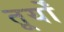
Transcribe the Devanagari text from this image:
तूर्यों